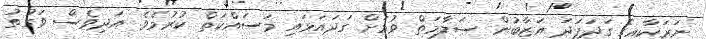
ނަރަކާއިގެ ގަދަފަދަ އަޒާބުން ސަލާމަތް ވުމަށް ގަދައަޅައި މަސައްކަތް ކުރުމެެވެ. އަދިވެސް ވަގުތު